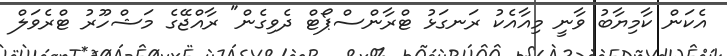
އެކަން ކާމިޔާބު ވާނީ މިއާއެކު ރަނގަޅު ޓްރާންސްޕޯޓް ދެވިގެން" ރާއްޖޭގެ މަޝްހޫރު ޓްރެވަލް